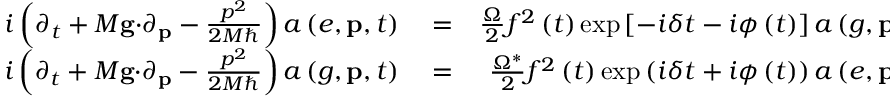
\begin{array} { r l r } { i \left( \partial _ { t } + M \mathbf { g \cdot } \partial _ { \mathbf { p } } - \frac { p ^ { 2 } } { 2 M \hbar } \right) a \left( e , \mathbf { p } , t \right) } & { { } = } & { \frac { \Omega } { 2 } f ^ { 2 } \left( t \right) \exp \left[ - i \delta t - i \phi \left( t \right) \right] a \left( g , \mathbf { p } - \hbar \mathbf { k } , t \right) , } \\ { i \left( \partial _ { t } + M \mathbf { g \cdot } \partial _ { \mathbf { p } } - \frac { p ^ { 2 } } { 2 M \hbar } \right) a \left( g , \mathbf { p } , t \right) } & { { } = } & { \frac { \Omega ^ { \ast } } { 2 } f ^ { 2 } \left( t \right) \exp \left( i \delta t + i \phi \left( t \right) \right) a \left( e , \mathbf { p } + \hbar \mathbf { k } , t \right) , } \end{array}